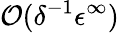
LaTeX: \mathcal{O}(\delta^{-1}\epsilon^{\infty})